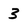
Character: 3